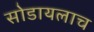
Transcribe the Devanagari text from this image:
सोडायलाच